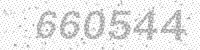
Solution: 660544